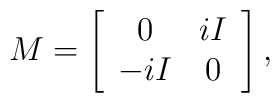
M = \left[ \begin{array}{cc} 0&iI\\-iI&0 \end{array} \right],